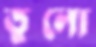
তুলো